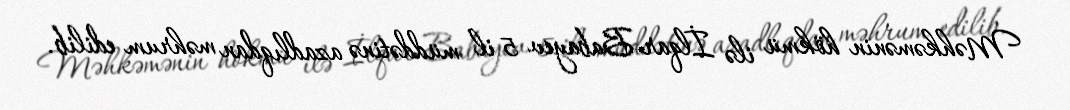
Məhkəmənin hökmü ilə İlqar Babayev 5 il müddətinə azadlıqdan məhrum edilib.